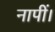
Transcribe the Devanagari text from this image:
नापीं।